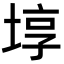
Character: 埻